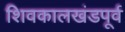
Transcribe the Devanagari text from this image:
शिवकालखंडपूर्व